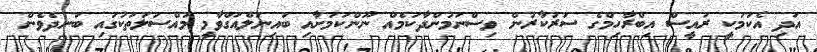
އަދި އެކަމަކީ ރައީސް އިބްރާާހިމްގެ ސަރުކާރުން ވިސްނަމުންދާކަމެއް ނޫންކަމަށާއި ބައިނަލްއަގްވާމީ މައްސަލަތަކުގައި ބަނދެވެން